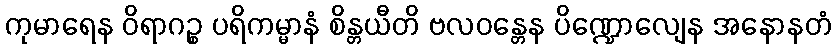
ကုမာရေန ဝိရာဂဉ္စ ပရိကမ္မာနံ စိန္တယီတိ ဗလဝန္တေန ပိဏ္ဍောလျေန အနောနတံ